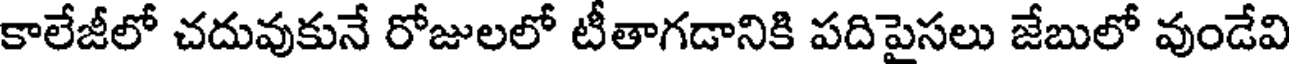
కాలేజీలో చదువుకునే రోజులలో టీతాగడానికి పదిపైసలు జేబులో వుండేవి